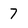
Character: 7